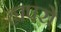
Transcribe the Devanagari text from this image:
ह्यपरो